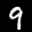
Label: 9